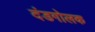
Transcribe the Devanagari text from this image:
दंडगोलक